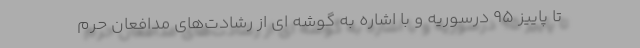
تا پاییز ۹۵ درسوریه و با اشاره به گوشه ای از رشادت‌های مدافعان حرم